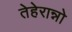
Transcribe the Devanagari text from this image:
तेहेरान्नो